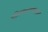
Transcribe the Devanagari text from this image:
शिवनारायणलाल